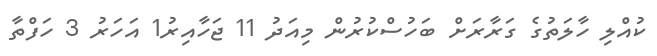
ކުއްލި ހާލަތުގެ ގަރާރަށް ބަހުސްކުރުން މިއަދު 11 ޖަހާއިރު1 އަހަރު 3 ހަފްތާ